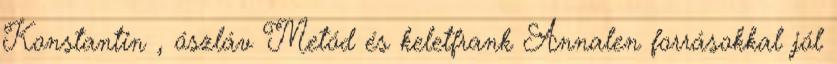
Konstantin , ószláv Metód és keletfrank Annalen forrásokkal jól